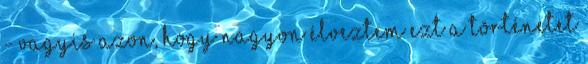
- vagyis azon, hogy nagyon élveztem ezt a történetet